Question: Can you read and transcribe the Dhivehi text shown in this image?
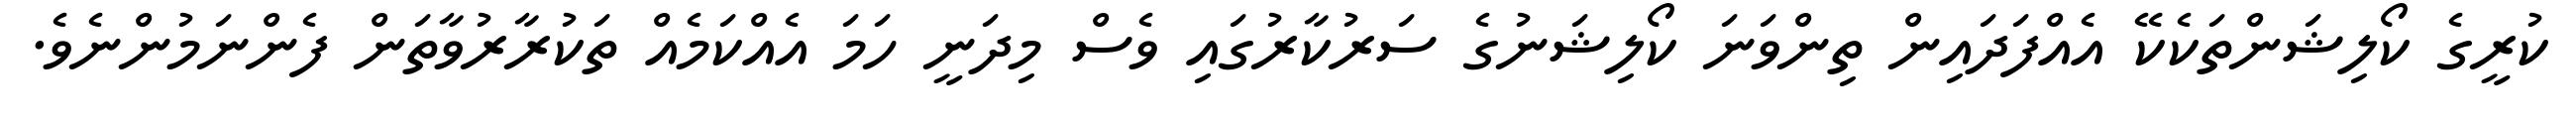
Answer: ކުރީގެ ކޯލިޝަންތަކެކޭ އެއްފަދައިން ތިންވަނަ ކޯލިޝަނުގެ ސަރުކާރުގައި ވެސް މިދަނީ ހަމަ އެއްކަމެއް ތަކުރާރުވާތަން ފެންނަމުންނެވެ.